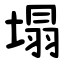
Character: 塌